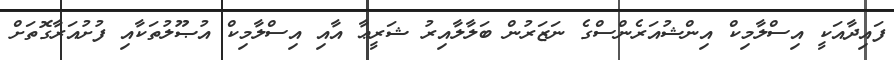
ފައިދާއަކީ އިސްލާމިކް އިންޝުއަރެންސްގެ ނަޒަރުން ބަލާލާއިރު ޝަރީޢާ އާއި އިސްލާމިކް އުޞޫލުތަކާއި ފުށުއަރާގޮތަށް